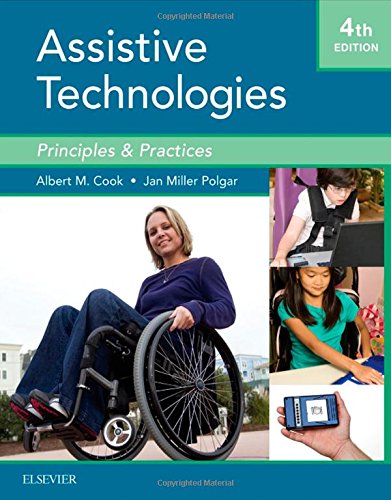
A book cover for Assistive Technologies: Principles and Practice, 4e; Albert M. Cook PhD  PE; Engineering & Transportation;